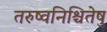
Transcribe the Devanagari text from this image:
तरुष्वनिश्चितेषु